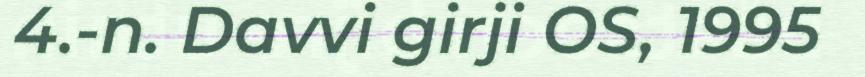
4.-n. Davvi girji OS, 1995